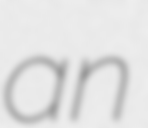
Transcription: an